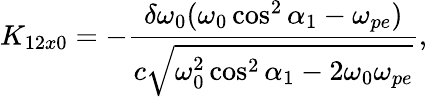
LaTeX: K_{12x0}=-\frac{\delta\omega_{0}(\omega_{0}\cos^{2}\alpha_{1}-\omega_{pe})}{c\sqrt{\omega_{0}^{2}\cos^{2}\alpha_{1}-2\omega_{0}\omega_{pe}}},